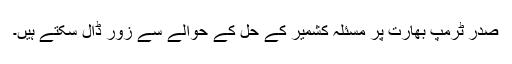
صدر ٹرمپ بھارت پر مسئلہ کشمیر کے حل کے حوالے سے زور ڈال سکتے ہیں۔